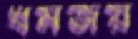
ধর্মজয়